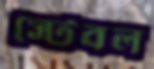
স্টেবল